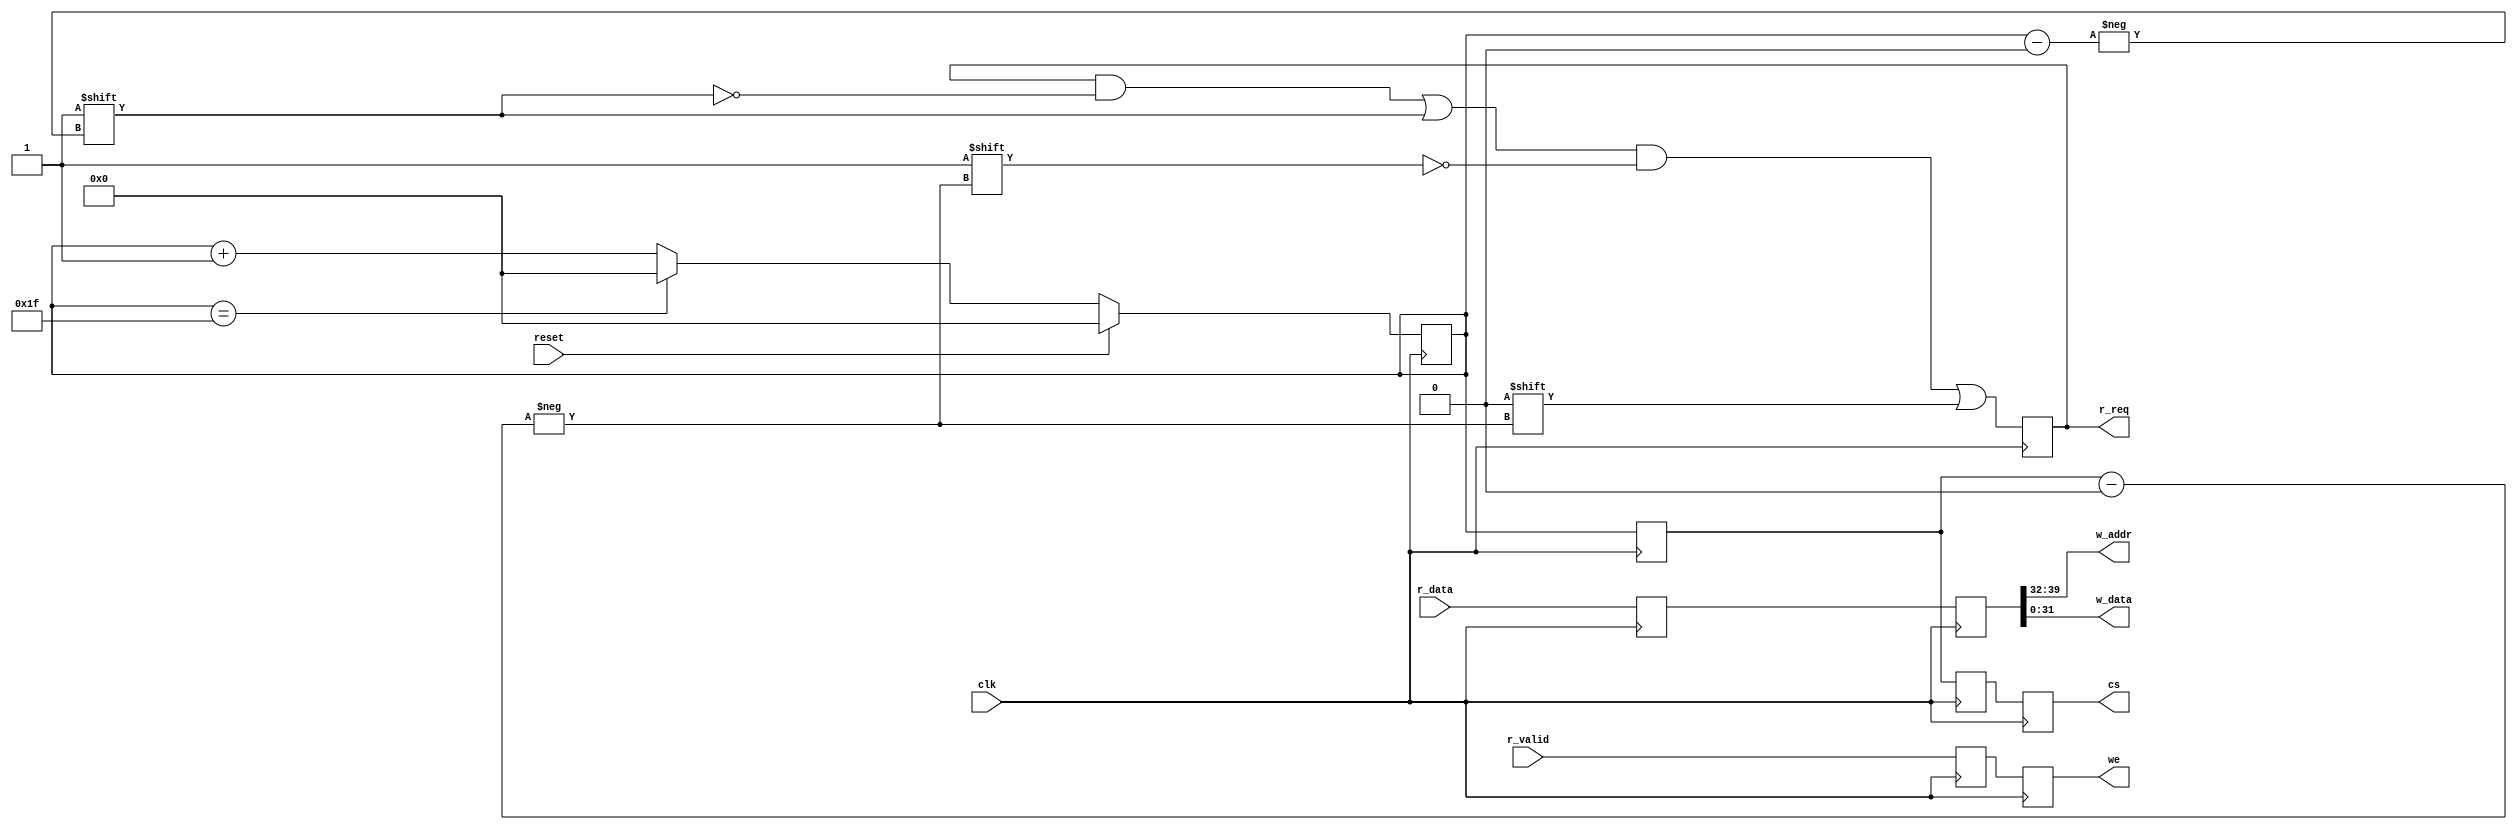
module harvester
  #(
    parameter CORE_BITS = 8,
    parameter CORES = 32,
    parameter WIDTH = 32,
    parameter DEPTH = 8
    )
  (
   input                   clk,
   input                   reset,
   output [CORE_BITS-1:0]  cs,
   input [WIDTH+DEPTH-1:0] r_data,
   input                   r_valid,
   output reg [CORES-1:0]  r_req,
   output [DEPTH-1:0]      w_addr,
   output [WIDTH-1:0]      w_data,
   output reg              we
   );

  localparam TRUE = 1'b1;
  localparam FALSE = 1'b0;
  localparam ONE = 1'd1;
  localparam ZERO = 1'd0;

  // fifo to s2m core select
  reg [CORE_BITS-1:0] core;
  reg [CORE_BITS-1:0] core_d1;
  reg [CORE_BITS-1:0] core_d2;
  reg [CORE_BITS-1:0] core_d3;
  always @(posedge clk)
    begin
      core_d1 <= core;
      core_d2 <= core_d1;
      core_d3 <= core_d2;
      if (reset == TRUE)
        begin
          core <= ZERO;
        end
      else
        begin
          if (core == CORES - 1)
            begin
              core <= ZERO;
            end
          else
            begin
              core <= core + ONE;
            end
        end
    end

  assign cs = core_d3;
  assign w_addr = harvester_r_data_fetch_d1[WIDTH+DEPTH-1:WIDTH];
  assign w_data = harvester_r_data_fetch_d1[WIDTH-1:0];

  reg [WIDTH+DEPTH-1:0] harvester_r_data_fetch;
  reg [WIDTH+DEPTH-1:0] harvester_r_data_fetch_d1;
  reg r_valid_d1;

  always @(posedge clk)
    begin
      r_req[core] <= TRUE;
      r_req[core_d1] <= FALSE;
      r_valid_d1 <= r_valid;
      we <= r_valid_d1;
      harvester_r_data_fetch <= r_data;
      harvester_r_data_fetch_d1 <= harvester_r_data_fetch;
    end

endmodule